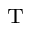
_ \mathrm { T }